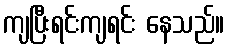
ကျပြီးရင်းကျရင်း နေသည်။